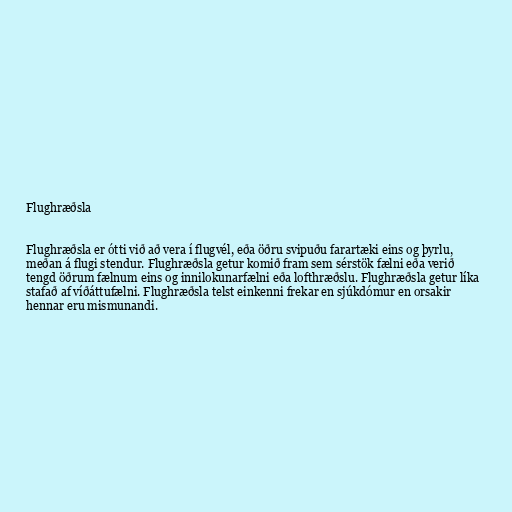
Flughræðsla

Flughræðsla er ótti við að vera í flugvél, eða öðru svipuðu farartæki eins og þyrlu,
meðan á flugi stendur. Flughræðsla getur komið fram sem sérstök fælni eða verið
tengd öðrum fælnum eins og innilokunarfælni eða lofthræðslu. Flughræðsla getur líka
stafað af víðáttufælni. Flughræðsla telst einkenni frekar en sjúkdómur en orsakir
hennar eru mismunandi.